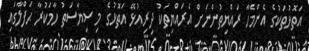
އަތޮޅުތަކުގެ އެންމެހާ ރައްޔިތުންނަށް އެރައްޔިތަކު ދިރިއުޅޭ އަތޮޅުގެ މި ސިޔާސަތު ހާމަކުރާ ޙަފްލާގައި